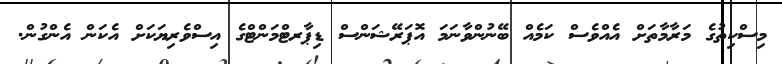
މިސްކިތުގެ މަރާމާތަށް އެއްވެސް ކަމެއް ބޭނުންވާނަމަ އޮޕަރޭޝަންސް ޑިޕާރޓްމަންޓްގެ އިސްވެރިޔަކަށް އެކަން އެންގުން.